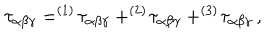
LaTeX: \tau _ { \alpha \beta \gamma } = ^ { ( 1 ) } \! \tau _ { \alpha \beta \gamma } + ^ { ( 2 ) } \! \tau _ { \alpha \beta \gamma } + ^ { ( 3 ) } \! \tau _ { \alpha \beta \gamma } \, ,